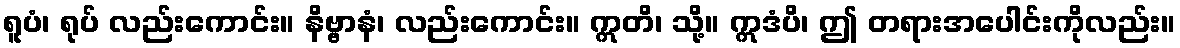
ရူပံ၊ ရုပ် လည်းကောင်း။ နိဗ္ဗာနံ၊ လည်းကောင်း။ ဣတိ၊ သို့။ ဣဒံပိ၊ ဤ တရားအပေါင်းကိုလည်း။